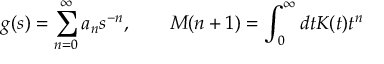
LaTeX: g ( s ) = \sum _ { n = 0 } ^ { \infty } a _ { n } s ^ { - n } , \qquad M ( n + 1 ) = \int _ { 0 } ^ { \infty } d t K ( t ) t ^ { n }